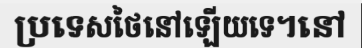
ប្រទេសថៃនៅឡើយទេ។នៅ